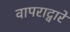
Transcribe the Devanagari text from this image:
वापराद्वारे